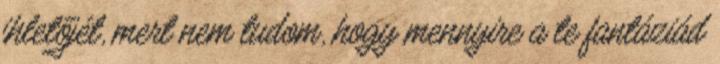
ihletőjét, mert nem tudom, hogy mennyire a te fantáziád